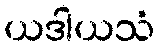
ယဒါယသံ